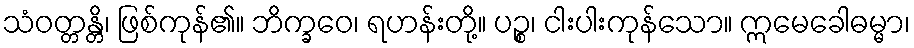
သံဝတ္တန္တိ၊ ဖြစ်ကုန်၏။ ဘိက္ခဝေ၊ ရဟန်းတို့။ ပဉ္စ၊ ငါးပါးကုန်သော။ ဣမေခေါဓမ္မာ၊